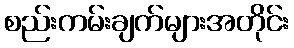
စည်းကမ်းချက်များအတိုင်း